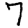
Digit: 7